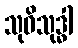
သုဝိသုဒ္ဓါ